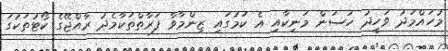
މުހައްމަދު ވަހީދު ހަސަން މަނިކާއި އެ ކަމުގައި ޒިންމާވާ ފަރާތްތަކާމެދު ރާއްޖޭގެ ކޯޓުތަކުގަ